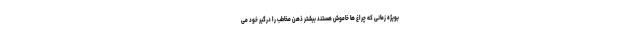
بویژه زمانی که چراغ ها خاموش هستند بیشتر ذهن مخاطب را درگیر خود می